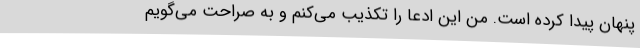
پنهان پیدا کرده‌ است. من این ادعا را تکذیب می‌کنم و به صراحت می‌گویم